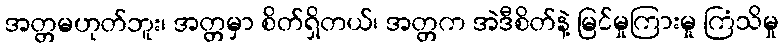
အတ္တမဟုတ်ဘူး၊ အတ္တမှာ စိတ်ရှိတယ်၊ အတ္တက အဲဒီစိတ်နဲ့ မြင်မှုကြားမှု ကြံသိမှု